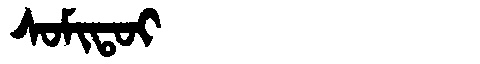
Manchu: ᠰᠣᠮᡳᡨᠣᡳ
Romanization: SOMITOI